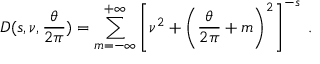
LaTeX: { \cal D } ( s , \nu , { \frac { \theta } { 2 \pi } } ) = \sum _ { m = - \infty } ^ { + \infty } \left[ \nu ^ { 2 } + \left( { \frac { \theta } { 2 \pi } } + m \right) ^ { 2 } \right] ^ { - s } \; .